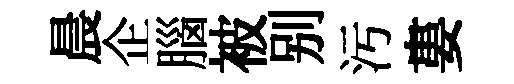
晨企腦被别污婁